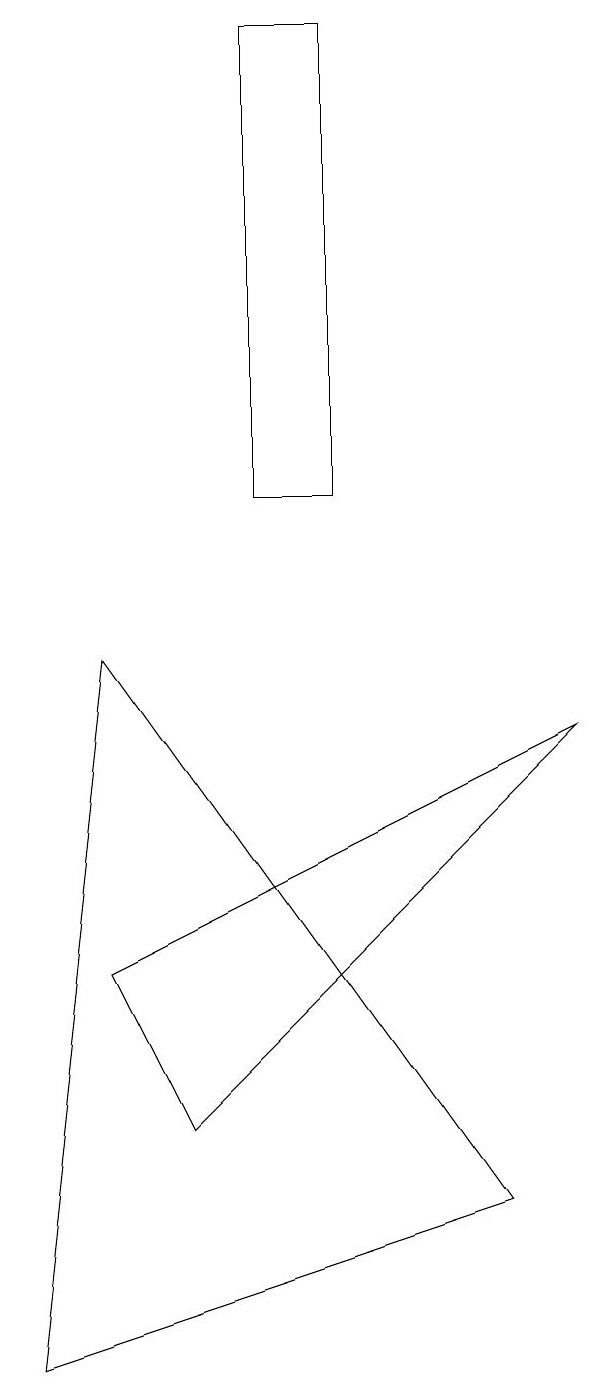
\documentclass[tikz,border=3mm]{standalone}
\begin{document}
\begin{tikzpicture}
\draw (5,17) rectangle (6,11);
\draw (2,0) -- (8,2) -- (3,9) -- cycle;
\draw (3,5) -- (9,8) -- (4,3) -- cycle;
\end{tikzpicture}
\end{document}